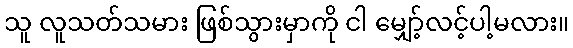
သူ လူသတ်သမား ဖြစ်သွားမှာကို ငါ မျှော့်လင့်ပါ့မလား။